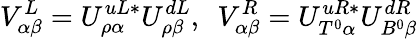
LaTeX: V_{\alpha\beta}^{L}=U_{\rho\alpha}^{uL*}U_{\rho\beta}^{dL},\ \ V_{\alpha\beta}^{R}=U_{T^{0}\alpha}^{uR*}U_{B^{0}\beta}^{dR}